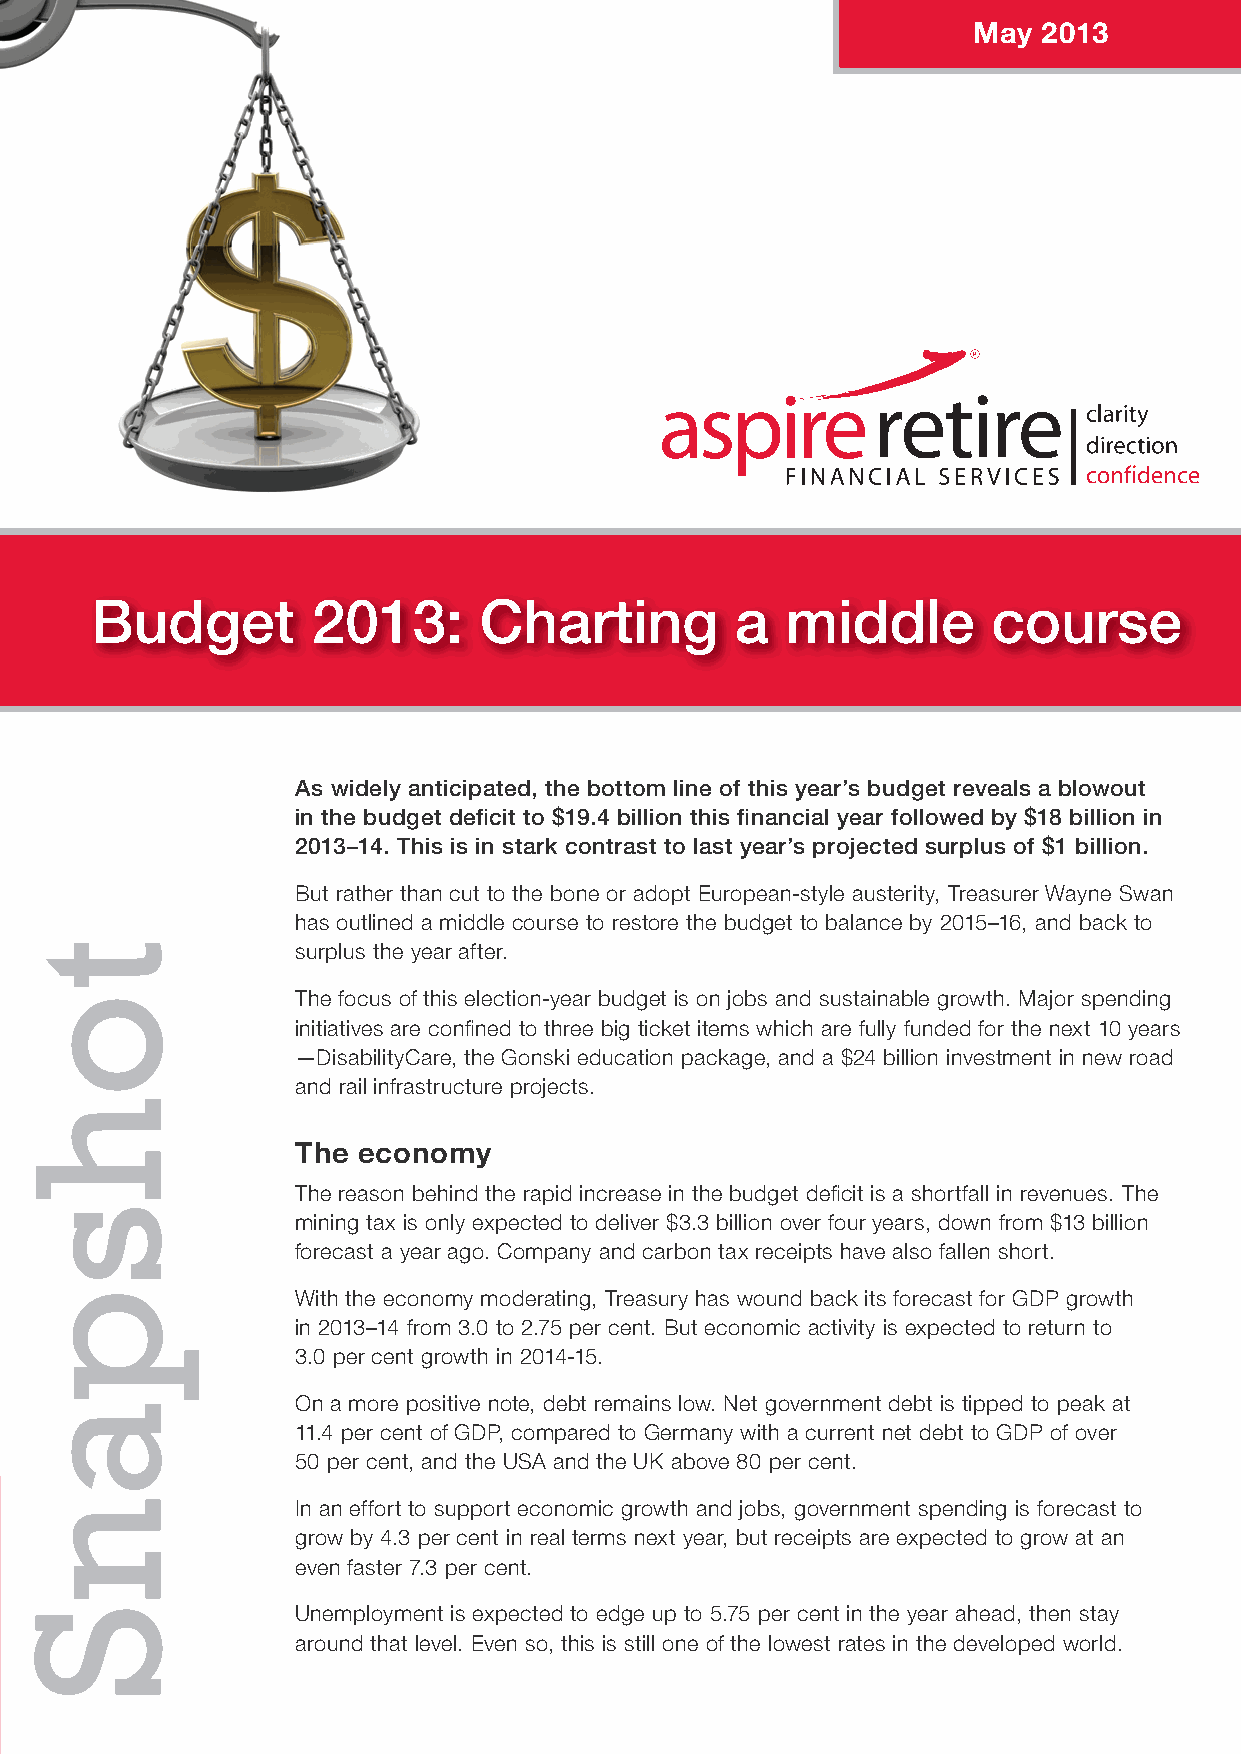
May  2013
 Budget         2013:      Charting         a  middle        course
 As widely anticipated, the bottom line of this year’s budget reveals a blowout
 in the budget defi cit to $19.4 billion this fi nancial year followed by $18 billion in
 2013–14. This is in stark contrast to last year’s projected surplus of $1 billion.
 But rather than cut to the bone or adopt European-style austerity, Treasurer Wayne Swan
 has outlined a middle course to restore the budget to balance by 2015–16, and back to
 surplus the year after.
 The focus of this election-year budget is on jobs and sustainable growth. Major spending
 initiatives are confi ned to three big ticket items which are fully funded for the next 10 years
 —DisabilityCare, the Gonski education package, and a $24 billion investment in new road
 and rail infrastructure projects.
 The economy
 The reason behind the rapid increase in the budget defi cit is a shortfall in revenues. The
 mining tax is only expected to deliver $3.3 billion over four years, down from $13 billion
 forecast a year ago. Company and carbon tax receipts have also fallen short.
 With the economy moderating, Treasury has wound back its forecast for GDP growth
 in 2013–14 from 3.0 to 2.75 per cent. But economic activity is expected to return to
 3.0 per cent growth in 2014-15.
 On a more positive note, debt remains low. Net government debt is tipped to peak at
 11.4 per cent of GDP, compared to Germany with a current net debt to GDP of over
 50 per cent, and the USA and the UK above 80 per cent.
 In an effort to support economic growth and jobs, government spending is forecast to
 Aspire Retire Financial Services General Advice Warning: This advice may not be suitable to you because it contains general advice that has not grow by 4.3 per cent in real terms next year, but receipts are expected to grow at an
 Level 1, 167 Logan Rd, been tailored to your personal circumstances. Please seek personal fi nancial advice prior to acting on this information.
 even faster 7.3 per cent.
 Investment Performance: Past performance is not a reliable guide to future returns as future returns may differ from and
 Woolloongabba QLD, 4102
 be more or less volatile than past returns.
 Unemployment is expected to edge up to 5.75 per cent in the year ahead, then stay
 P 1300 66 77 02 Stephen Degiovanni and Olivia Maragna are authorised representatives of Aspire Retire Pty Ltd. AFSL No. 301712
 E enquiry@aspireretire.com.au Level 1, 167 Logan Rd, Woolloongabba QLD, 4102. around that level. Even so, this is still one of the lowest rates in the developed world.
 www.aspireretire.com.au